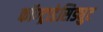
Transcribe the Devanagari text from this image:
कॉण्ट्राडेसिड्युट